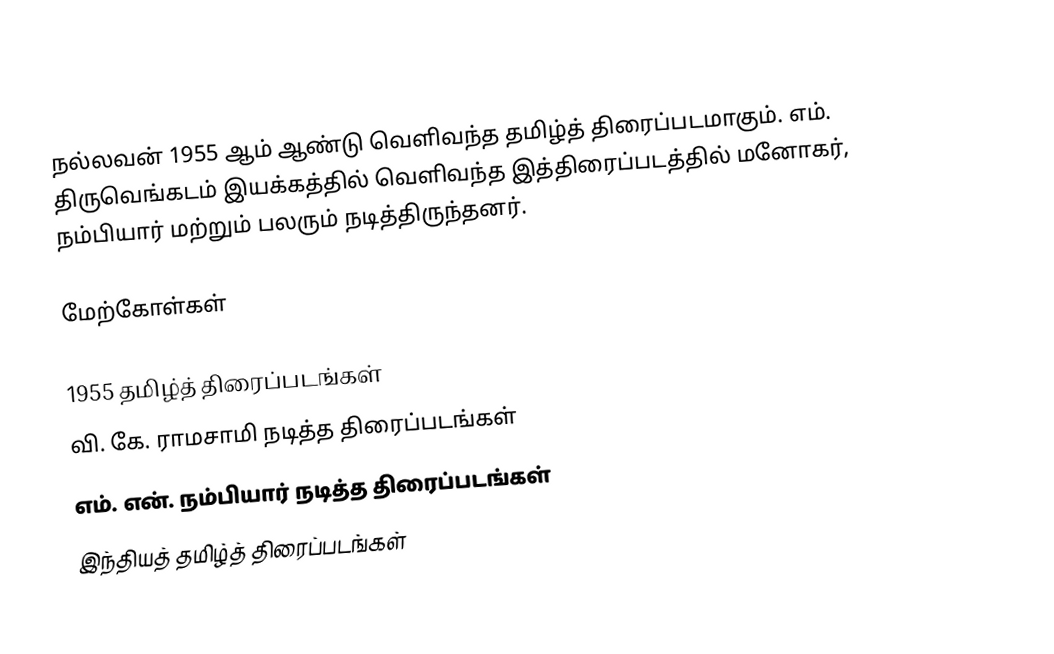
நல்லவன் 1955 ஆம் ஆண்டு வெளிவந்த தமிழ்த் திரைப்படமாகும். எம். திருவெங்கடம் இயக்கத்தில் வெளிவந்த இத்திரைப்படத்தில் மனோகர், நம்பியார் மற்றும் பலரும் நடித்திருந்தனர்.

மேற்கோள்கள்

1955 தமிழ்த் திரைப்படங்கள்
வி. கே. ராமசாமி நடித்த திரைப்படங்கள்
எம். என். நம்பியார் நடித்த திரைப்படங்கள்
இந்தியத் தமிழ்த் திரைப்படங்கள்